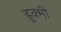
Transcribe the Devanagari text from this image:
हुक्मी